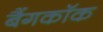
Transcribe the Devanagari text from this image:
बैंगकाॅक